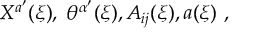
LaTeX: X ^ { a ^ { \prime } } ( \xi ) , \; \theta ^ { \alpha ^ { \prime } } ( \xi ) , A _ { i j } ( \xi ) , a ( \xi ) \ ,